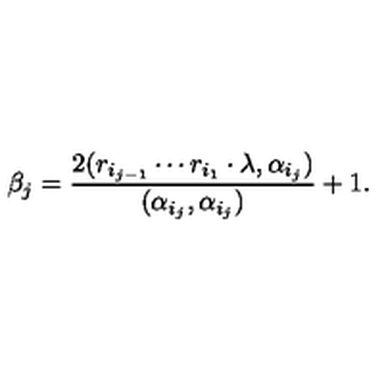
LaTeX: \beta _ { j } = \frac { 2 ( r _ { i _ { j - 1 } } \cdots r _ { i _ { 1 } } \cdot \lambda , \alpha _ { i _ { j } } ) } { ( \alpha _ { i _ { j } } , \alpha _ { i _ { j } } ) } + 1 .